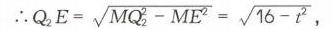
\(\therefore Q_{2}E = \sqrt{MQ_{2}^{2}-ME^{2}}=\sqrt{16 - t^{2}}\)